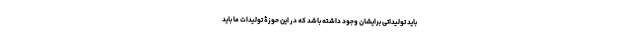
باید تولیداتی برایشان وجود داشته باشد که در این حوزۀ تولیدات ما باید